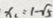
x _ { 1 } = 1 - \sqrt { 5 }